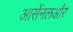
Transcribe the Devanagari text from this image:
आर्सेनलऔर